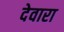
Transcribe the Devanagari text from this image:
देवारा